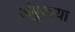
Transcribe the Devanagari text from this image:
अंबुरच्या